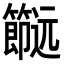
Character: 𨙌